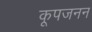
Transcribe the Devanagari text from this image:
कूपजनन